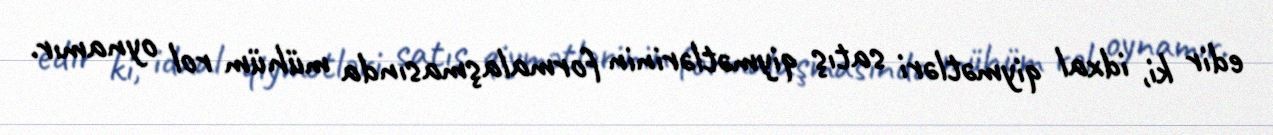
edir ki, idxal qiymətləri satış qiymətlərinin formalaşmasında mühüm rol oynamır.